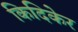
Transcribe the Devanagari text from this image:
किदिकेर